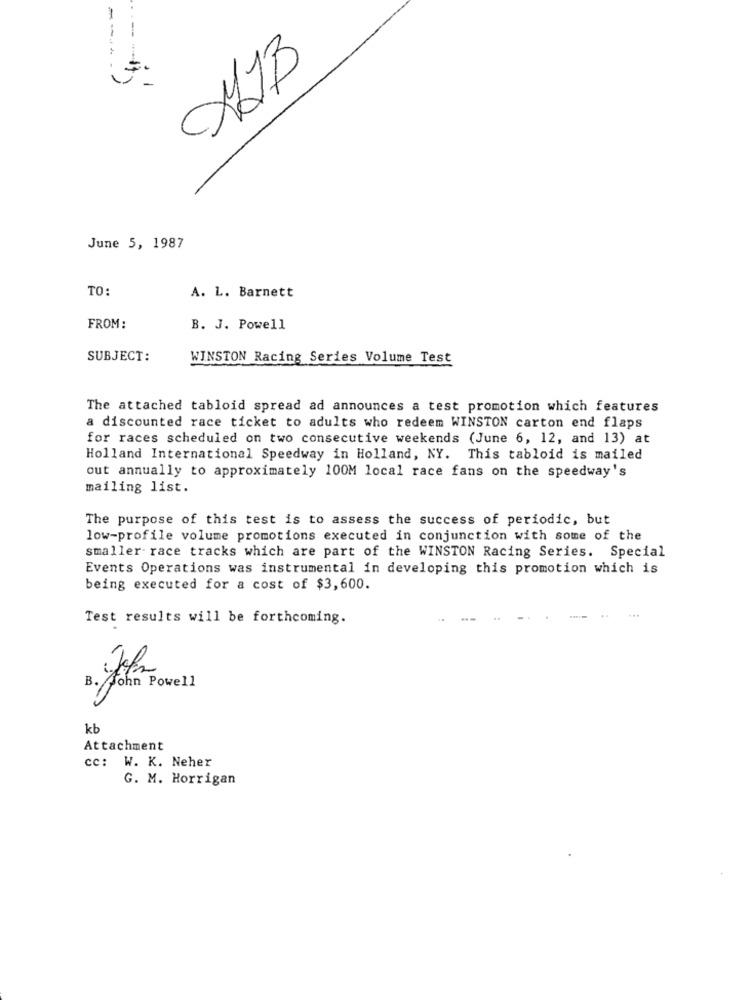
----
ELLO
June 5, 1987
TO:
A. L. Barnett
FROM:
B. J. Powell
SUBJECT:
WINSTON Racing Series Volume Test
The attached tabloid spread ad announces a test promotion which features
a discounted race ticket to adults who redeem WINSTON carton end flaps
for races scheduled on two consecutive weekends (June 6, 12, and 13) at
Holland International Speedway in Holland, NY. This tabloid is mailed
out annually to approximately 100M local race fans on the speedway's
mailing list.
The purpose of this test is to assess the success of periodic, but
low-profile volume promotions executed in conjunction with some of the
smaller- race tracks which are part of the WINSTON Racing Series. Special
Events Operations was instrumental in developing this promotion which is
being executed for a cost of $3,600.
Test results will be forthcoming.
John Powell
kb
Attachment
cc: W. K. Neher
G. M. Horrigan